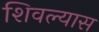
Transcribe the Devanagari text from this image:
शिवल्यास